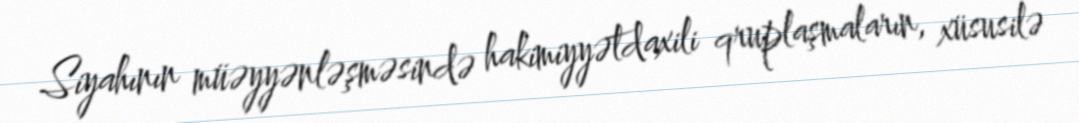
Siyahının müəyyənləşməsində hakimiyyətdaxili qruplaşmaların, xüsusilə